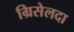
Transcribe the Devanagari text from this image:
ग्रिसेलदा